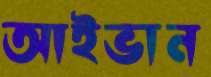
আইভান